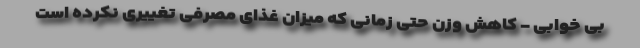
بی خوابی - کاهش وزن حتی زمانی که میزان غذای مصرفی تغییری نکرده است